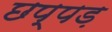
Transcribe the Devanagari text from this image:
छप्पड़